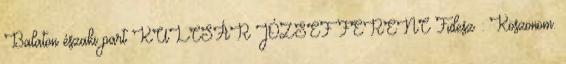
Balaton északi part KULCSÁR JÓZSEF FERENC Fidesz : Köszönöm.